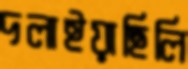
দলাইয়াছিলি